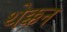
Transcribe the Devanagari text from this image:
थेक्कन